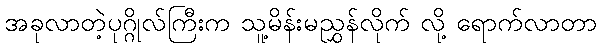
အခုလာတဲ့ပုဂ္ဂိုလ်ကြီးက သူ့မိန်းမညွှန်လိုက် လို့ ရောက်လာတာ